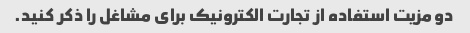
دو مزیت استفاده از تجارت الکترونیک برای مشاغل را ذکر کنید.